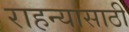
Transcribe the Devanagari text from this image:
राहन्यासाठी